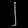
Digit: ၂